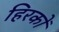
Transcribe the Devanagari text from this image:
हिरकों